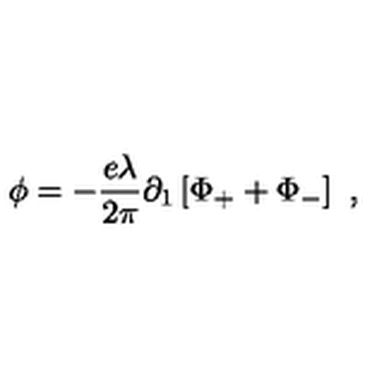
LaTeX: \phi = - \frac { e \lambda } { 2 \pi } \partial _ { 1 } \left[ \Phi _ { + } + \Phi _ { - } \right] \ ,